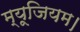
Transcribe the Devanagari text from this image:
म्यूजियम।